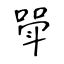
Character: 斝